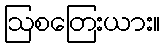
ဩစတြေးယား။